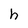
Character: h